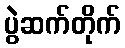
ပွဲဆက်တိုက်